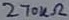
Text: 270kΩ